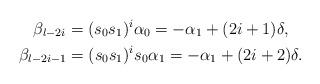
LaTeX: \begin{gather*}\beta_{l-2i}=(s_0 s_{1})^i\alpha_0=-\alpha_1+(2i+1)\delta,\\\beta_{l-2i-1}=(s_0 s_{1})^is_0\alpha_1=-\alpha_1+(2i+2)\delta.\end{gather*}